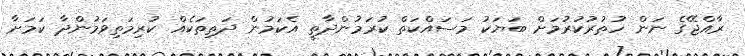
ރާއްޖޭގެ ނަން ހުތުރުކުރުމަށް ބަޔަކު މަސައްކަތް ކުރަމުންދާތީ އެކަމުން ދަތިތަކެއް ކުރިމަތިވަމުންދާ ކަމަށާ